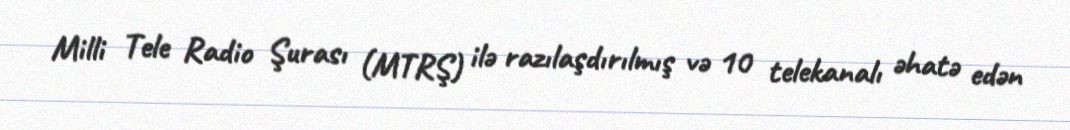
Milli Tele Radio Şurası (MTRŞ) ilə razılaşdırılmış və 10 telekanalı əhatə edən